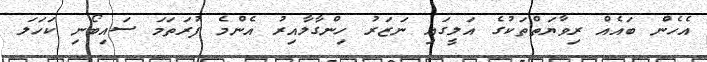
އެހެން ބައެއް ރިވާޔަތްތަކުގެ އަލީގައި ނަޒަރު ހިންގާލާއިރު އެންމެ ފުރަތަމަ ސައިބޯނި ކަހަލަ